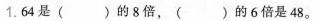
1. 64是()的8倍，()的6倍是48。